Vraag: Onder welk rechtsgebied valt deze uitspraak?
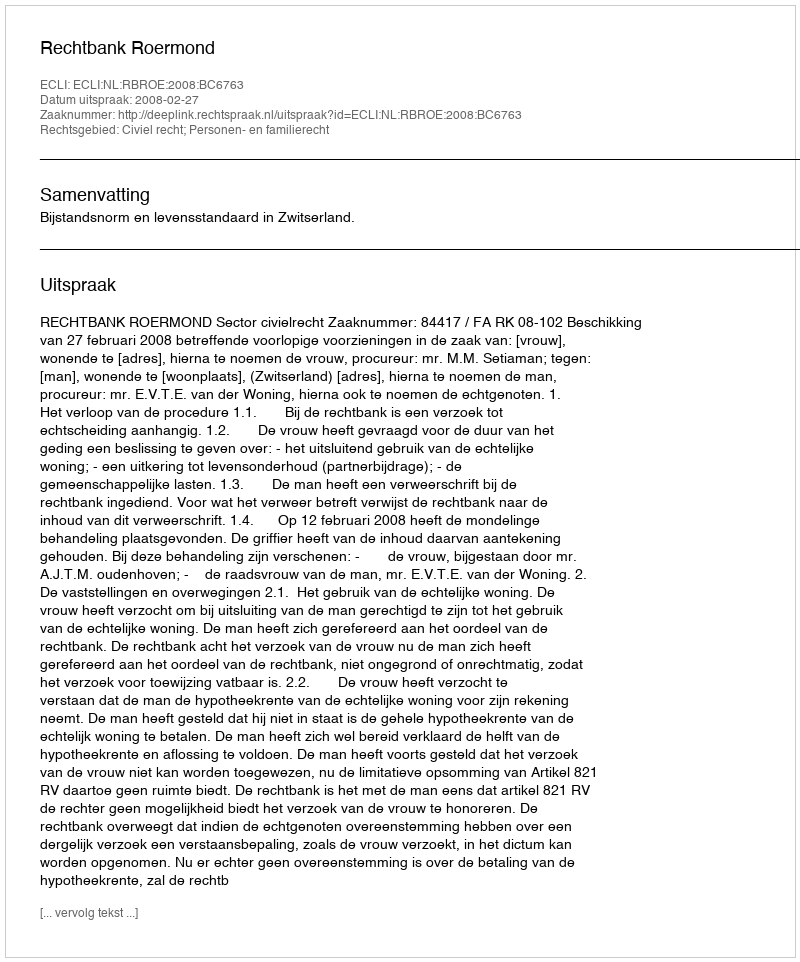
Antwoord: Civiel recht; Personen- en familierecht